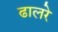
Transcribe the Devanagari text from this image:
ढालरे